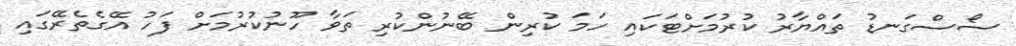
ސޯސްގަނޑު ތައްޔާރު ކުރުމަށްޓަކައި ހަމަ ކުރިން ބޭނުންކުރި ތަވާ ހޫނުކުރުމަށް ފަހު އޭގެތެރޭގައި